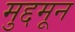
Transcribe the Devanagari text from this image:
मुद्दमून